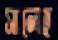
সালেহ্র